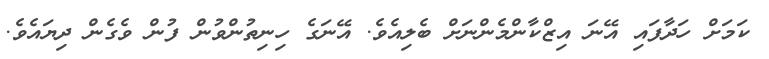
ކަމަށް ހަދާފައި އޭނަ އިޒްކާންމެންނަށް ބެލިއެވެ. އޭނަގެ ހިނިތުންވުން ފުން ވެގެން ދިޔައެވެ.